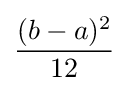
{\frac {(b-a)^{2}}{12}}